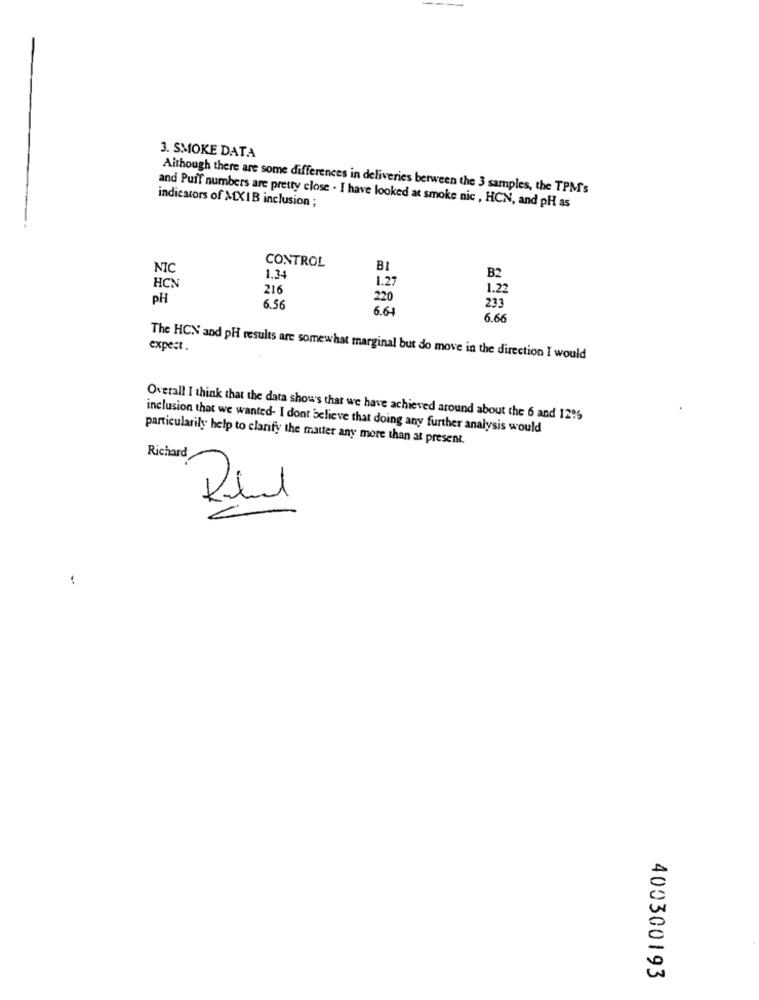
3. SMOKE DATA
Although there are some differences in deliveries berween the 3 samples, the TPM's
indicators of MXIB inclusion ;
and Puif numbers are pretty close . I have looked at smoke nic , HCN, and pH as
CONTROL
NIC
BI
1.34
1.27
B2
HCN
216
1.22
PH
220
6.56
6.64
233
6.66
expect .
The HCN and pH results are somewhat marginal but do move in the direction I would
Overall I think that the data show's that we have achieved around about the 6 and 12%
inclusion that we wanted- I dont believe that doing any further analysis would
particularily help to clarify the matter any more than at present.
Richard
-
17
-
400300193